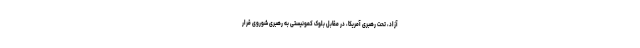
آزاد، تحت رهبری آمریکا، در مقابل بلوک کمونیستی به رهبری شوروی قرار